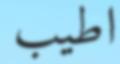
اطيب